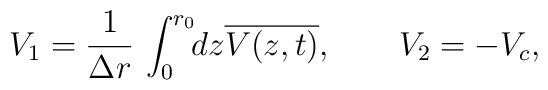
V_{1} = \frac{1}{\Delta r} \, \int_{0}^{r_{0}}\!\!dz\overline{V(z, t)}, \quad \quad V_{2} = - V_{c},